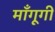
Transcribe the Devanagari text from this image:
माँगूगी